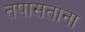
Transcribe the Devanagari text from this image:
तपासताना